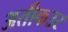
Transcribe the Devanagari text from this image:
अतीकउर